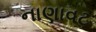
નાણાવટ